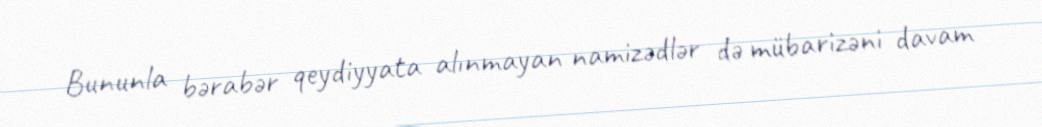
Bununla bərabər qeydiyyata alınmayan namizədlər də mübarizəni davam